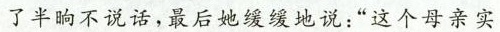
了半晌不说话，最后她缓缓地说：”这个母亲实